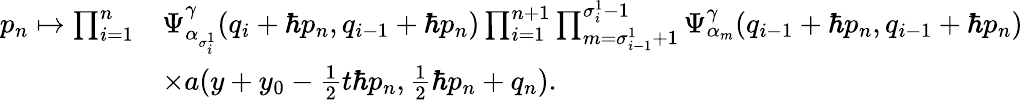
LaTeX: \begin{array}{rl}{p_{n}\mapsto\prod_{i=1}^{n}}&{\Psi_{\alpha_{\sigma_{i}^{1}}}^{\gamma}(q_{i}+\hbar p_{n},q_{i-1}+\hbar p_{n})\prod_{i=1}^{n+1}\prod_{m=\sigma_{i-1}^{1}+1}^{\sigma_{i}^{1}-1}\Psi_{\alpha_{m}}^{\gamma}(q_{i-1}+\hbar p_{n},q_{i-1}+\hbar p_{n})}\\ &{\times a(y+y_{0}-\frac{1}{2}t\hbar p_{n},\frac{1}{2}\hbar p_{n}+q_{n}).}\end{array}